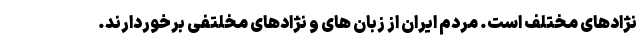
نژادهای مختلف است. مردم ایران از زبان های و نژادهای مخلتفی برخوردارند.